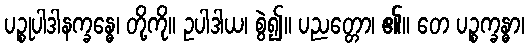
ပဉ္စုပါဒါနက္ခန္ဓေ၊ တို့ကို။ ဥပါဒါယ၊ စွဲ၍။ ပညတ္တော၊ ၏။ တေ ပဉ္စက္ခန္ဓာ၊